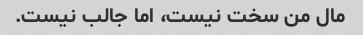
مال من سخت نیست، اما جالب نیست.